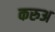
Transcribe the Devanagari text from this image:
करुअ